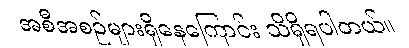
အစီအစဉ်များရှိနေကြောင်း သိရှိရပါတယ်။